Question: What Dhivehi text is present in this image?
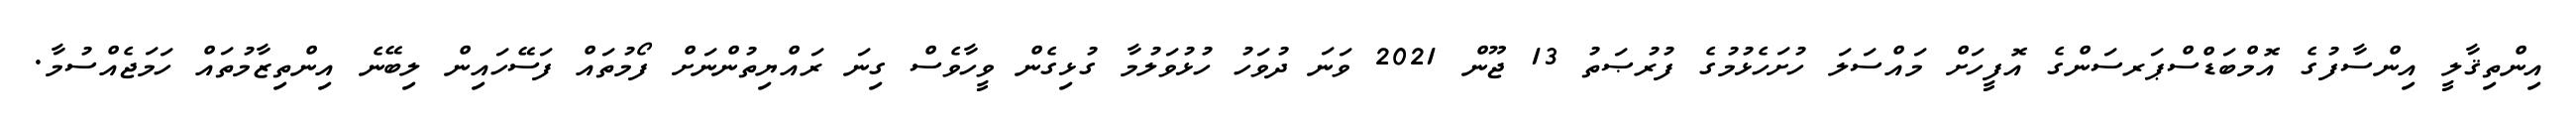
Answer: އިންތިޤާލީ އިންސާފުގެ އޮމްބަޑްސްޕަރސަންގެ އޮފީހަށް މައްސަލަ ހުށަހެޅުމުގެ ފުރުޞަތު 13 ޖޫން 2021 ވަނަ ދުވަހު ހުޅުވަލުމާ ގުޅިގެން ވީހާވެސް ގިނަ ރައްޔިތުންނަށް ފޯމުތައް ފަސޭހައިން ލިބޭނެ އިންތިޒާމުތައް ހަމަޖެއްސުމާ.